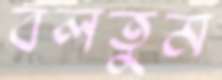
বলতুম